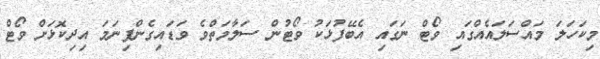
މިކަހަލަ މައްސަލައެއްގައި ވޯޓް ނަގައި އެބޭފުޅަކު ވޯޓުން ސަލާމަތްވެ ވަޑައިގެންފިނަމަ އިދިކޮޅަށް ވޯޓް